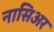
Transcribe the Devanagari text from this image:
नासिअर